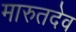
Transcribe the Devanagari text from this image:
मारुतदेव